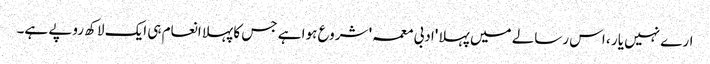
ارے نہیں یار ، اس رسالے میں پہلا 'ادبی معمہ' شروع ہوا ہے جس کا پہلا انعام ہی ایک لاکھ روپے ہے۔